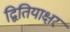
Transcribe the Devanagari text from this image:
द्वितियाक्षर